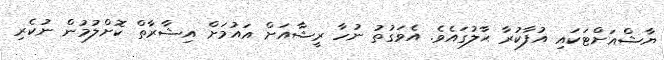
ޔާޝްއަށްޓަކައި އުފާކުރާ ޙާލުގައެވެ. އެވަގުތު ނުހާ ރީޝާއަށް އައުމަށް އިޝާރާތް ކޮށްލުމުން ނުކެރި